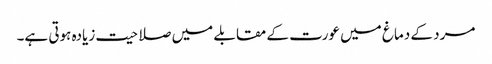
مرد کے دماغ میں عورت کے مقابلے میں صلاحیت زیادہ ہوتی ہے۔